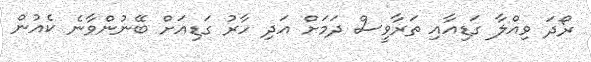
ރޯދަ ވިއްލާ ގަޑިއާއި ތަރާވީސް ދަމަށް އަދި ހާރު ގަޑިއަށް ބޭނުންވާނެ ކެއުން